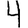
Digit: 4